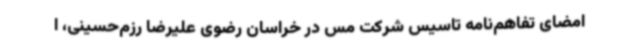
امضای تفاهم‌نامه تاسیس شرکت مس در خراسان رضوی علیرضا رزم‌حسینی، ا